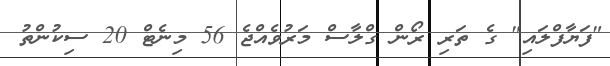
"ފަޔާފްލައި" ގެ ތަރި ރޯން ގްލާސް މަރުވެއްޖެ 56 މިނެޓް 20 ސިކުންތު